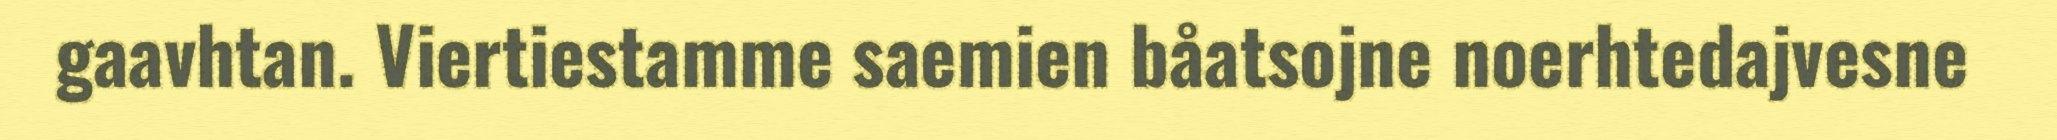
gaavhtan. Viertiestamme saemien båatsojne noerhtedajvesne